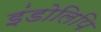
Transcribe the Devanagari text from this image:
इंडोलिपि